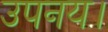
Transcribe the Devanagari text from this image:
उपनय।